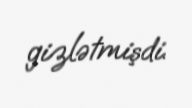
gizlətmişdi.